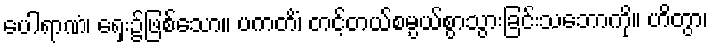
ပေါရာဏံ၊ ရှေး၌ဖြစ်သော။ ပကတိံ၊ တင့်တယ်စမ္ပယ်စွာသွားခြင်းသဘောကို။ ဟိတွာ၊